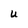
Character: u